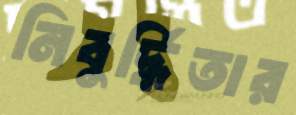
নিবুর্দ্ধিতার